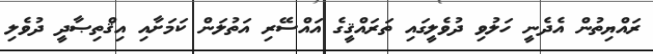
ރައްޔިތުން އެދެނީ ހަލުވި ދުވެލީގައި ތަރައްޤީގެ އައްސޭރި އަތުލަން ކަމަށާއި އިޤްތިޞާދީ ދުވެލި